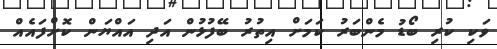
ވަކި ކުރި ބޯޑު މެންބަރު ކަމަށް އިތުރު ބޭފުޅުން އަދި އައްޔަން ކޮށްފައެއް